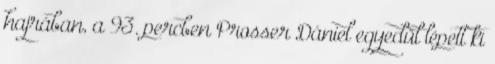
hajrában, a 93. percben Prosser Dániel egyedül lépett ki